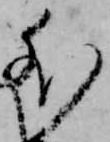
外